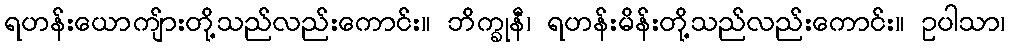
ရဟန်းယောကျ်ားတို့သည်လည်းကောင်း။ ဘိက္ခုနီ၊ ရဟန်းမိန်းတို့သည်လည်းကောင်း။ ဥပါသာ၊